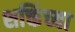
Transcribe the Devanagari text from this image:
शक्तिंच्या